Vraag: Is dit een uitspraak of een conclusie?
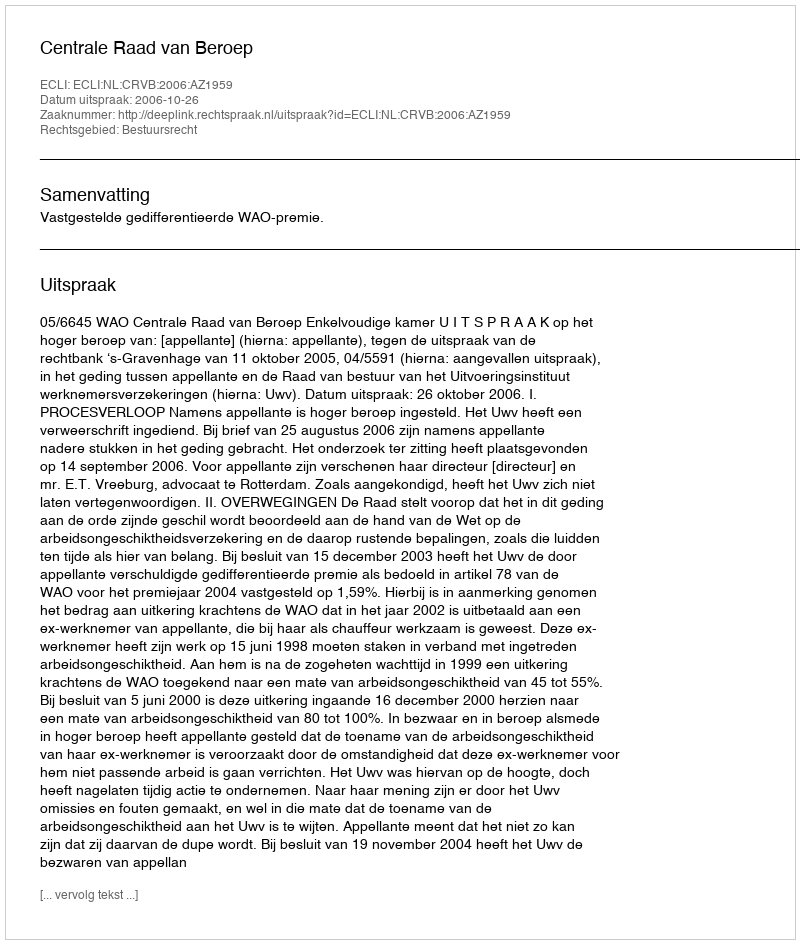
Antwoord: Uitspraak